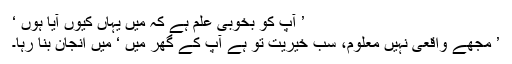
’ آپ کو بخوبی علم ہے کہ میں یہاں کیوں آیا ہوں ‘
’ مجھے واقعی نہیں معلوم، سب خیریت تو ہے آپ کے گھر میں ‘ میں انجان بنا رہا۔